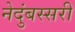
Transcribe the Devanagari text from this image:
नेदुंबस्सरी